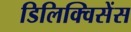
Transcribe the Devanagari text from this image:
डिलिक्विसेंस